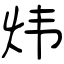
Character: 炜